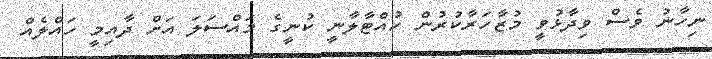
ނިހާނު ވެސް ވިދާޅުވީ މުޒާހަރާކުރުން ހުއްޓާލާނީ ކުނީގެ މައްސަލަ އަށް ދާއިމީ ހައްލެއް